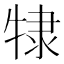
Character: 𰠷